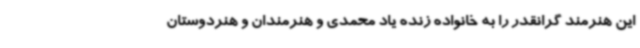
این هنرمند گرانقدر را به خانواده زنده یاد محمدی و هنرمندان و هنردوستان